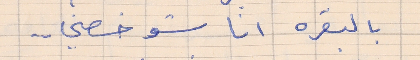
بالبقره انا شو خصني . . .